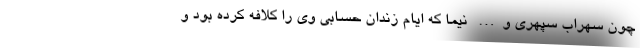
چون سهراب سپهری و… نیما که ایام زندان حسابی وی را کلافه کرده بود و